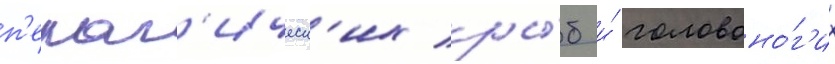
п'елаг'ическ'их ры́б и́ головоно́г'их